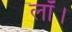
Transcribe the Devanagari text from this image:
लॉ।